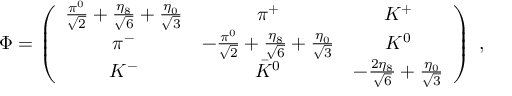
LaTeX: \Phi = \left( \begin{array} { c c c } { { { \frac { \pi ^ { 0 } } { \sqrt 2 } } + { \frac { \eta _ { 8 } } { \sqrt 6 } } + { \frac { \eta _ { 0 } } { \sqrt 3 } } } } & { { \pi ^ { + } } } & { { K ^ { + } } } \\ { { \pi ^ { - } } } & { { - { \frac { \pi ^ { 0 } } { \sqrt 2 } } + { \frac { \eta _ { 8 } } { \sqrt 6 } } + { \frac { \eta _ { 0 } } { \sqrt 3 } } } } & { { K ^ { 0 } } } \\ { { K ^ { - } } } & { { \bar { K } ^ { 0 } } } & { { - { \frac { 2 \eta _ { 8 } } { \sqrt 6 } } + { \frac { \eta _ { 0 } } { \sqrt 3 } } } } \end{array} \right) \ ,